Leaving Certificate Examination (including Day School Certificate (Higher) General paper), 1934
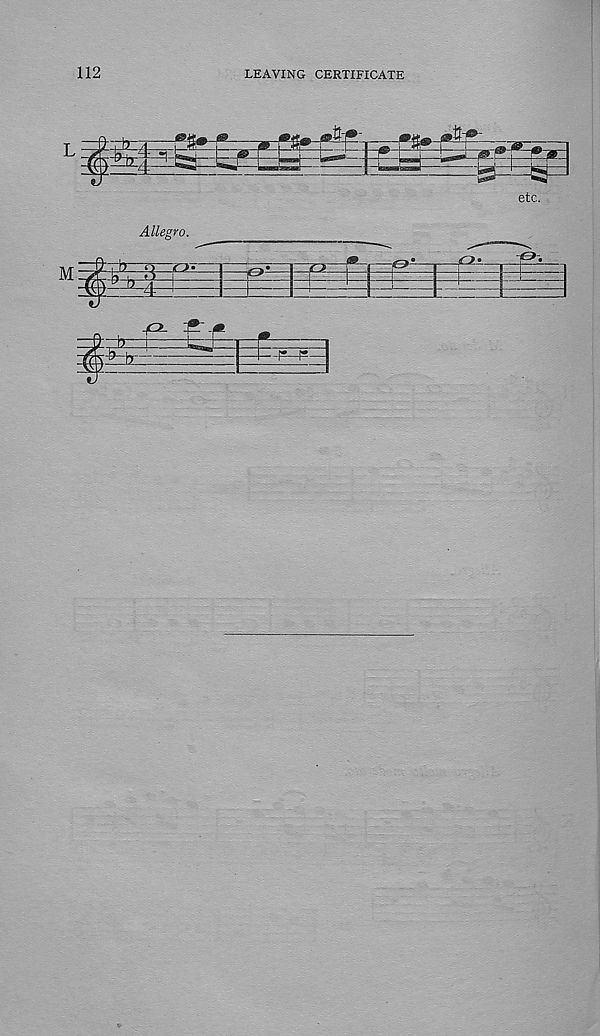
112
LEAVING CERTIFICATE
•u-p-
^ H
etc.
Allegro.